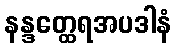
နန္ဒတ္ထေရအပဒါနံ